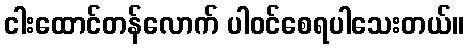
ငါးထောင်တန်လောက် ပါဝင်စေရပါသေးတယ်။